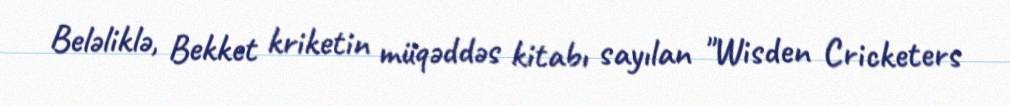
Beləliklə, Bekket kriketin müqəddəs kitabı sayılan "Wisden Cricketers